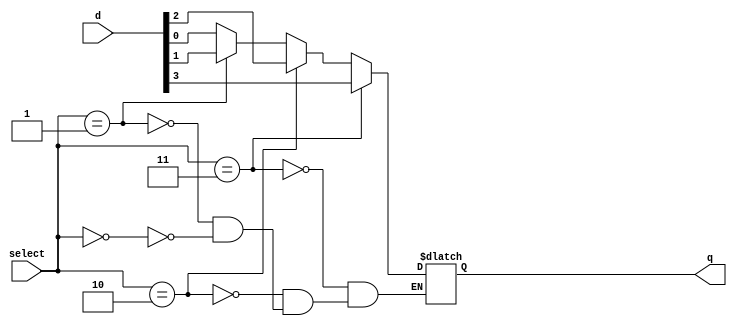
module Multiplexer_Circuit( select, d, q );

input[1:0] select;
input[3:0] d;
output q;

reg q;
wire[1:0] select;
wire[3:0] d;

always @( select or d )
begin
   if( select == 0)
      q = d[0];

   if( select == 1)
      q = d[1];

   if( select == 2)
      q = d[2];

   if( select == 3)
      q = d[3];
end

endmodule